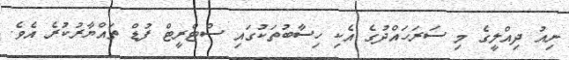
ނިއު ދިއްލީގެ މި ސަރަހައްދުގެ އެކި ހިސާބުތަކުގައި ސްޓްރީޓް ފުޑް ތައްޔާރުކުރެ އެވެ.